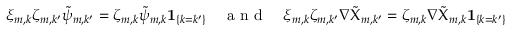
\begin{array} { r } { \xi _ { m , k } \zeta _ { m , k ^ { \prime } } \tilde { \psi } _ { m , k ^ { \prime } } = \zeta _ { m , k } \tilde { \psi } _ { m , k } { \mathbf { 1 } } _ { \{ k = k ^ { \prime } \} } \quad \mathrm { ~ a ~ n ~ d ~ } \quad \xi _ { m , k } \zeta _ { m , k ^ { \prime } } \nabla \tilde { \Chi } _ { m , k ^ { \prime } } = \zeta _ { m , k } \nabla \tilde { \Chi } _ { m , k } { \mathbf { 1 } } _ { \{ k = k ^ { \prime } \} } } \end{array}